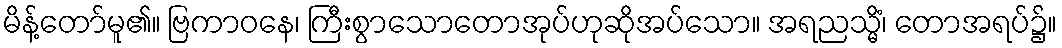
မိန့်တော်မူ၏။ ဗြကာဝနေ၊ ကြီးစွာသောတောအုပ်ဟုဆိုအပ်သော။ အရညသ္မိံ၊ တောအရပ်၌။